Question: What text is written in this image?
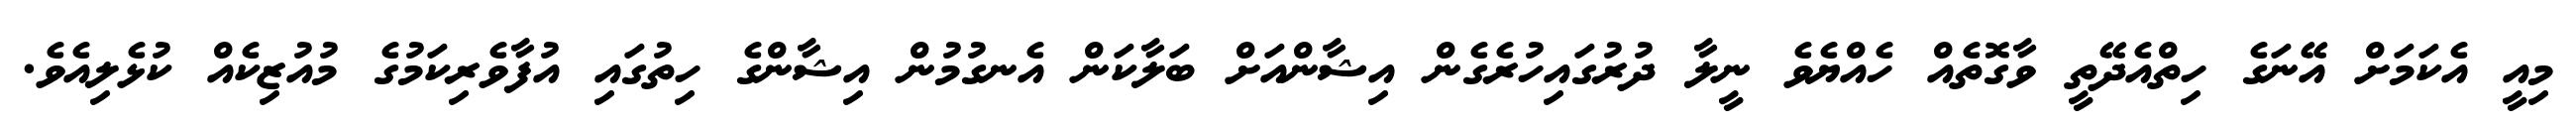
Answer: މިއީ އެކަމަށް އޭނަގެ ހިތްއެދޭތީ ވާގޮތެއް ހެއްޔެވެ ނީލާ ދުރުގައިހުރެގެން އިޝާންއަށް ބަލާކަން އެނގުމުން އިޝާންގެ ހިތުގައި އުފާވެރިކަމުގެ މުއުޒިކެއް ކުޅެލިއެވެ.